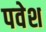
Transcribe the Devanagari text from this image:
पवेश